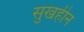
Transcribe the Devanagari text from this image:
सुखहीन